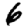
Digit: 6